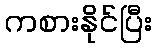
ကစားနိုင်ပြီး